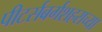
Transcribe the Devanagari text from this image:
पीटर्सबर्गशहराच्या